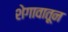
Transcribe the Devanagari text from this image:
शेगावातून